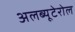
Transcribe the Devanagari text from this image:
अलब्यूटेरोल